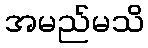
အမည်မသိ